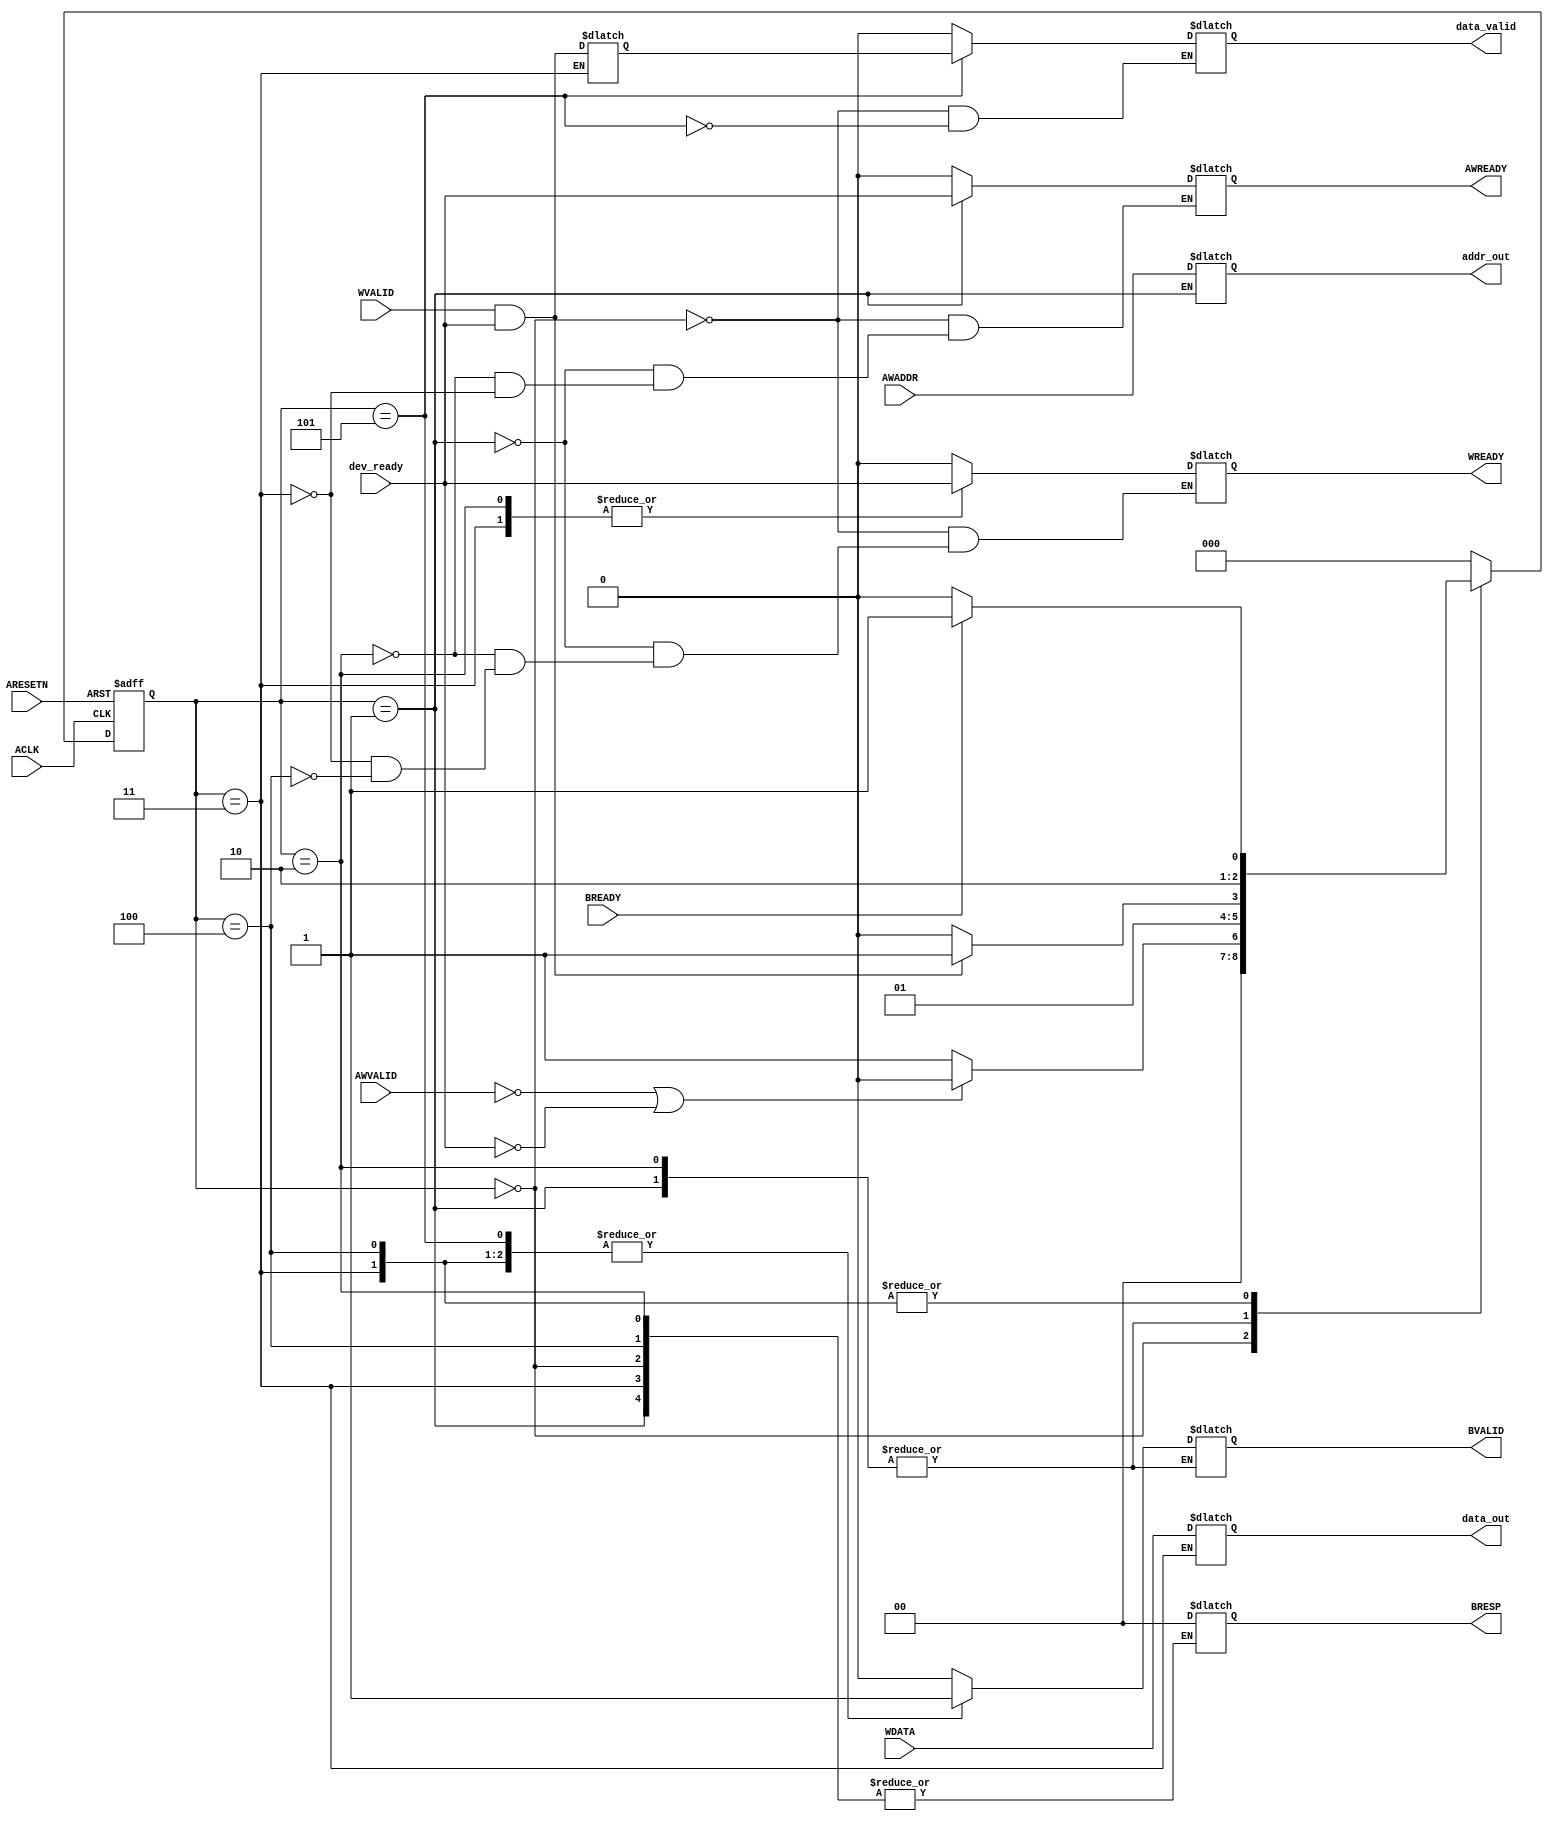
	
module axi_write(
  //////////global control signals
  input ACLK,
  input ARESETN,
  
  //////////write address channel
  
  input 	   AWVALID,// master is sending new address  
  input [31:0] AWADDR, //write adress of transaction
  output reg   AWREADY,//slave is ready to accept request
      
  //////////write data channel
  
  input 	   WVALID,// master is sending new data
  input [31:0] WDATA, // data
  output reg   WREADY, // slave is ready to accept new data  
    
  //////////write response channel
 
  input            BREADY,//master is ready to accept response
  output reg       BVALID,//slave has valid response
  output reg [1:0] BRESP, // status of write transaction 
  
  //data output to external logic
    input          dev_ready,
	output  [31:0] data_out, 
	output  [31:0] addr_out, //address output to external logic
	output  data_valid	//signal indicating output data and address are valid
);
  
  	reg addr_done;
	reg data_done;

	//flip flops for latching data
	reg [31:0] addr_latch;
	reg [31:0] data_latch;
	reg data_valid_latch;

	assign data_out = data_latch;
	assign addr_out = addr_latch;
	assign data_valid = data_valid_latch ;
  

  //states
  parameter [2:0] awidle = 3'b000, awstart = 3'b001, wwait = 3'b010 , wlatch = 3'b011 , bwait = 3'b100 , bresp = 3'b101 ;
  reg [2:0]state;
  reg [2:0]awnext_state;
  

  /////////////RESET 
  always@(posedge ACLK, negedge ARESETN)
  begin
  	if(~ARESETN)
  		state <= awidle;
  	else
  		state <= awnext_state;
  end
  	
  
  /////////////fsm for write address, write data, write response channel
  always@(*)
    begin
        case(state)
     		 awidle:
      				begin
        				if( ~AWVALID | ~dev_ready)
        					awnext_state=awidle;
        				else
        					awnext_state = awstart;		  
     				end
      
      		awstart: 
      				begin
        				if(WVALID && dev_ready)  
        					awnext_state = wlatch;
        				else
          					awnext_state = wwait;
      				end
      

      		wwait: 
      				begin
      					if(WVALID && dev_ready)
      						awnext_state = wlatch;
      					else
      						awnext_state = wwait;
      				end

      		wlatch:
      				begin
      					if(BREADY )
      						awnext_state = bresp;
      					else
      						awnext_state = bwait;
      				end


      		bwait : begin
      					if(BREADY)
      						awnext_state = bresp ;
      					else
      						awnext_state = bwait;
      				end

      		bresp: 
      				begin
        				awnext_state = awidle;	
      				end  

      		default: 
      				begin
      					awnext_state = awidle;
      				end
     	endcase
    end


	always@(*)
		begin
			case(state)
				awidle: 
					begin
						AWREADY = 0;
						//AWREADY = 0;
						WREADY = 0;
						BVALID = 0;
						data_valid_latch = 0;
					end


      		awstart: 
      				begin
      					AWREADY = dev_ready;
						WREADY = 0;
      					addr_latch = AWADDR;
        				addr_done = AWVALID && dev_ready;
    	    		end
      

      		wwait: 
      				begin
      					AWREADY = 0;
      					WREADY = dev_ready;
      				end

      		wlatch:
      				begin
      					WREADY = dev_ready;
      					AWREADY = 0;
      					BVALID = 1;
      					data_latch = WDATA;
      					data_done = WVALID && WREADY;
      				end


      		bwait : begin
      					WREADY = 0;
      					BVALID = 1;
      				end

      		bresp: 
      				begin
      					data_valid_latch = data_done;
        				BVALID = 1;
        				BRESP = 2'b00;
      				end

      		default: 
      				begin
      					BVALID = 0;
        				BRESP = 2'b00;
      				end  
     		endcase
    	end	
endmodule // axi_slave
  









































/*
//write address handshake
//write data handshake
//keep track of which handshakes completed
//latching logic
//write response logic

module axi_write(
	input ACLK,
	//axi reset is active low
	input ARESETN,

	//write address channel
	input [1:0] AWADDR,
	input AWVALID,
	output reg AWREADY,

	//write data channel
	input [31:0]  WDATA,
	input WVALID,
	output reg WREADY,

	//write response channel	
	output [1:0]  BRESP,
	input  BREADY,
	output reg BVALID,

	//data output to external logic
	output [31:0] data_out, 
	output [1:0] addr_out, //address output to external logic
	output data_valid,	//signal indicating output data and address are valid
	output dev_ready
	);


	reg addr_done;
	reg data_done;

	//flip flops for latching data
	reg [31:0] data_latch;
	reg [1:0] addr_latch;

	assign data_out = data_latch;
	assign addr_out = addr_latch;
	assign data_valid = data_done & addr_done ;
	assign dev_ready = 1'b1;
	//always indicate OKAY status for writes
	assign  BRESP = 2'd0; 



	//write address handshake
	always @(posedge ACLK)
	begin
		if(~ARESETN | (AWVALID & AWREADY) | ~dev_ready )
			AWREADY<=0;
		else if(~AWREADY & AWVALID)
			AWREADY<=1;
	end


	//write data handshake
	always @(posedge ACLK)
	begin
		if( ARESETN==0 | (WVALID &  WREADY) | ~dev_ready )
			 WREADY<=0;
		else if( WREADY==0 & WVALID)
			 WREADY<=1;
	end


	//keep track of which handshakes completed
	always @(posedge ACLK)
	begin
		//reset or both phases done
		if( ARESETN==0 || (addr_done & data_done ) ) 
			begin
				addr_done<=0;
				data_done<=0;
			end
		else
			begin	
			if(AWVALID & AWREADY) //look for addr handshake
				addr_done<=1;
		
			if(WVALID &  WREADY) //look for data handshake
				data_done<=1;	
			end
	end


	//latching logic
	always @(posedge ACLK)
	begin
		if(~ARESETN)
			begin
				addr_latch<=2'd0;
				data_latch<=32'd0;
			end
		else
			begin
				//look for data handshake
				if(WVALID &  WREADY) 
					data_latch<= WDATA;
			
				if(AWVALID & AWREADY)
					addr_latch<=AWADDR;
			end
	end


	//write response logic
	always @(posedge ACLK)
	begin	
		if( ARESETN==0 | (BVALID &  BREADY) )
			BVALID<=0;
		else if(BVALID==0 & (data_done & addr_done) )
			BVALID<=1;	
	end
endmodule
















////////// read address channel
  
   output reg	ARREADY,  //read address ready signal from slave
   input [31:0]	ARADDR,	  //read address signal
   input	    ARVALID,  //address read valid signal
  
 //////////read data channel
   
   output reg RVALID,		//read data valid signal
   input RREADY,			//
   output reg [31:0] RDATA,  //read data from slave
   output reg [1:0] RRESP,	//read response signal

//////reset decoder 
  always@(posedge ACLK , negedge RESETN)
    begin
      if(!RESETN) begin
        awstate <= awidle;  //idle state for write address FSM
        wstate  <= widle;   //idle state for write data fsm
        bstate  <= bidle;   //idle state for write response fsm
        end
      else
        begin
        awstate <= awnext_state;
        wstate  <= wnext_state;
        bstate  <= bnext_state;
        end
    end

*/